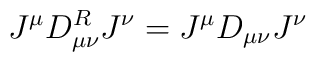
J^{\mu}D^R_{\mu\nu}J^{\nu}=J^{\mu}D_{\mu\nu}J^{\nu}